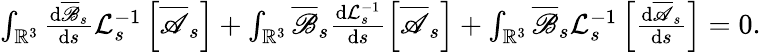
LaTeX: \begin{array}{r}{\int_{\mathbb{R}^{3}}\frac{\mathrm{d}\overline{\mathscr{B}}_{s}}{\mathrm{d}s}\mathcal{L}_{s}^{-1}\left[\overline{{\mathscr{A}}}_{s}\right]+\int_{\mathbb{R}^{3}}\overline{\mathscr{B}}_{s}\frac{\mathrm{d}\mathcal{L}_{s}^{-1}}{\mathrm{d}s}\left[\overline{{\mathscr{A}}}_{s}\right]+\int_{\mathbb{R}^{3}}\overline{\mathscr{B}}_{s}\mathcal{L}_{s}^{-1}\left[\frac{\mathrm{d}\overline{{\mathscr{A}}}_{s}}{\mathrm{d}s}\right]=0.}\end{array}